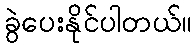
ခွဲပေးနိုင်ပါတယ်။